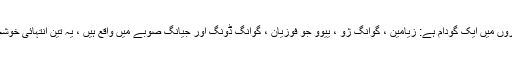
ہمارے پاس شہروں میں ایک گودام ہے: زیامین ، گوانگ ژو ، ییوو جو فوزیان ، گوانگ ڈونگ اور جیانگ صوبے میں واقع ہیں ، یہ تین انتہائی خوشحال صوبے ہیں۔